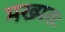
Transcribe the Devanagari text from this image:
मख्यतः